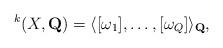
LaTeX: \begin{align*}^k(X,\mathbf{Q})=\langle[\omega_1],\dots,[\omega_Q]\rangle_\mathbf{Q},\end{align*}